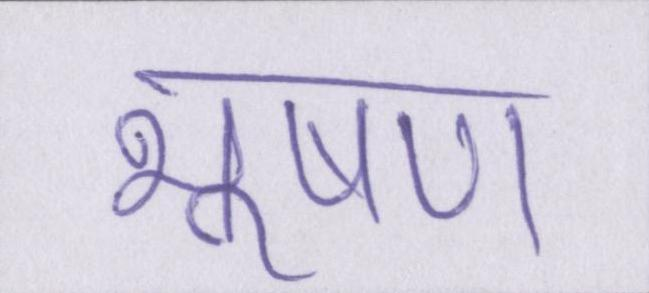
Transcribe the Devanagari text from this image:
भूषण